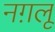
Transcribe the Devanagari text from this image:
नग़लू